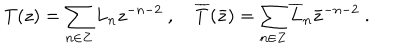
LaTeX: T ( z ) = \sum _ { n \in Z } L _ { n } z ^ { - n - 2 } ~ , ~ \overline { { { T } } } ( \bar { z } ) = \sum _ { n \in Z } \overline { { { L } } } _ { n } \bar { z } ^ { - n - 2 } ~ .